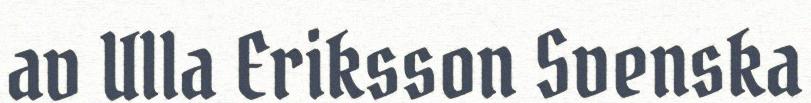
av Ulla Eriksson Svenska